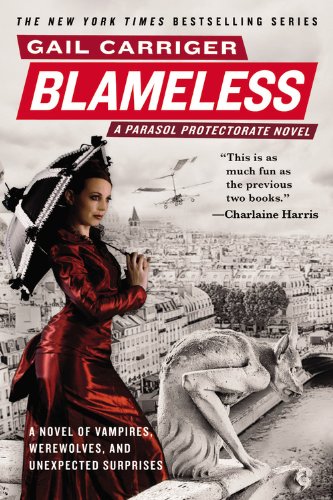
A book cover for Blameless (The Parasol Protectorate); Gail Carriger; Science Fiction & Fantasy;